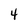
Character: 4